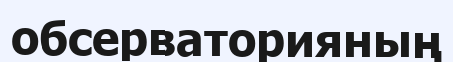
обсерваторияның